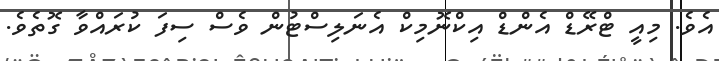
އެވެ. މިއީ ޓްރޭޑް އެންޑް އިކްނޮމިކް އެނަލިސްޓުން ވެސް ސިފަ ކުރައްވާ ގޮތެވެ.